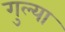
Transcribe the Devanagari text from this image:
गुल्या